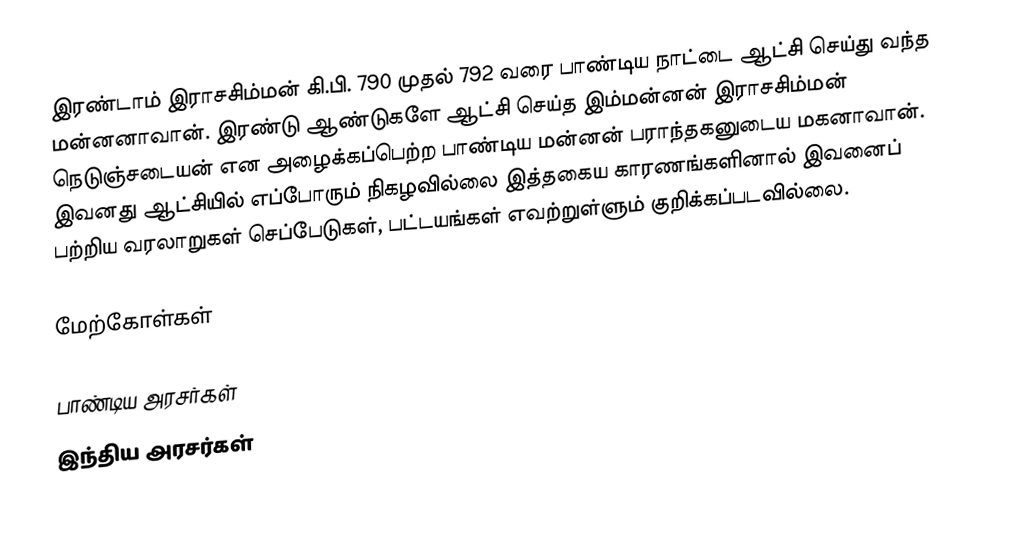
இரண்டாம் இராசசிம்மன் கி.பி. 790 முதல் 792 வரை பாண்டிய நாட்டை ஆட்சி செய்து வந்த மன்னனாவான். இரண்டு ஆண்டுகளே ஆட்சி செய்த இம்மன்னன் இராசசிம்மன் நெடுஞ்சடையன் என அழைக்கப்பெற்ற பாண்டிய மன்னன் பராந்தகனுடைய மகனாவான். இவனது ஆட்சியில் எப்போரும் நிகழவில்லை இத்தகைய காரணங்களினால் இவனைப் பற்றிய வரலாறுகள் செப்பேடுகள், பட்டயங்கள் எவற்றுள்ளும் குறிக்கப்படவில்லை.

மேற்கோள்கள்

பாண்டிய அரசர்கள்
இந்திய அரசர்கள்